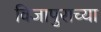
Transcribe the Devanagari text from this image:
विजापुराच्या